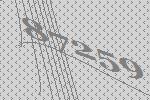
87259